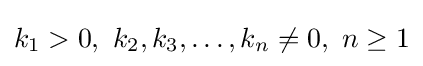
k_{1}>0,\ k_{2},k_{3},\ldots ,k_{n}\neq 0,\ n\geq 1